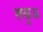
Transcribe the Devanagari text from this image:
रूकुअ